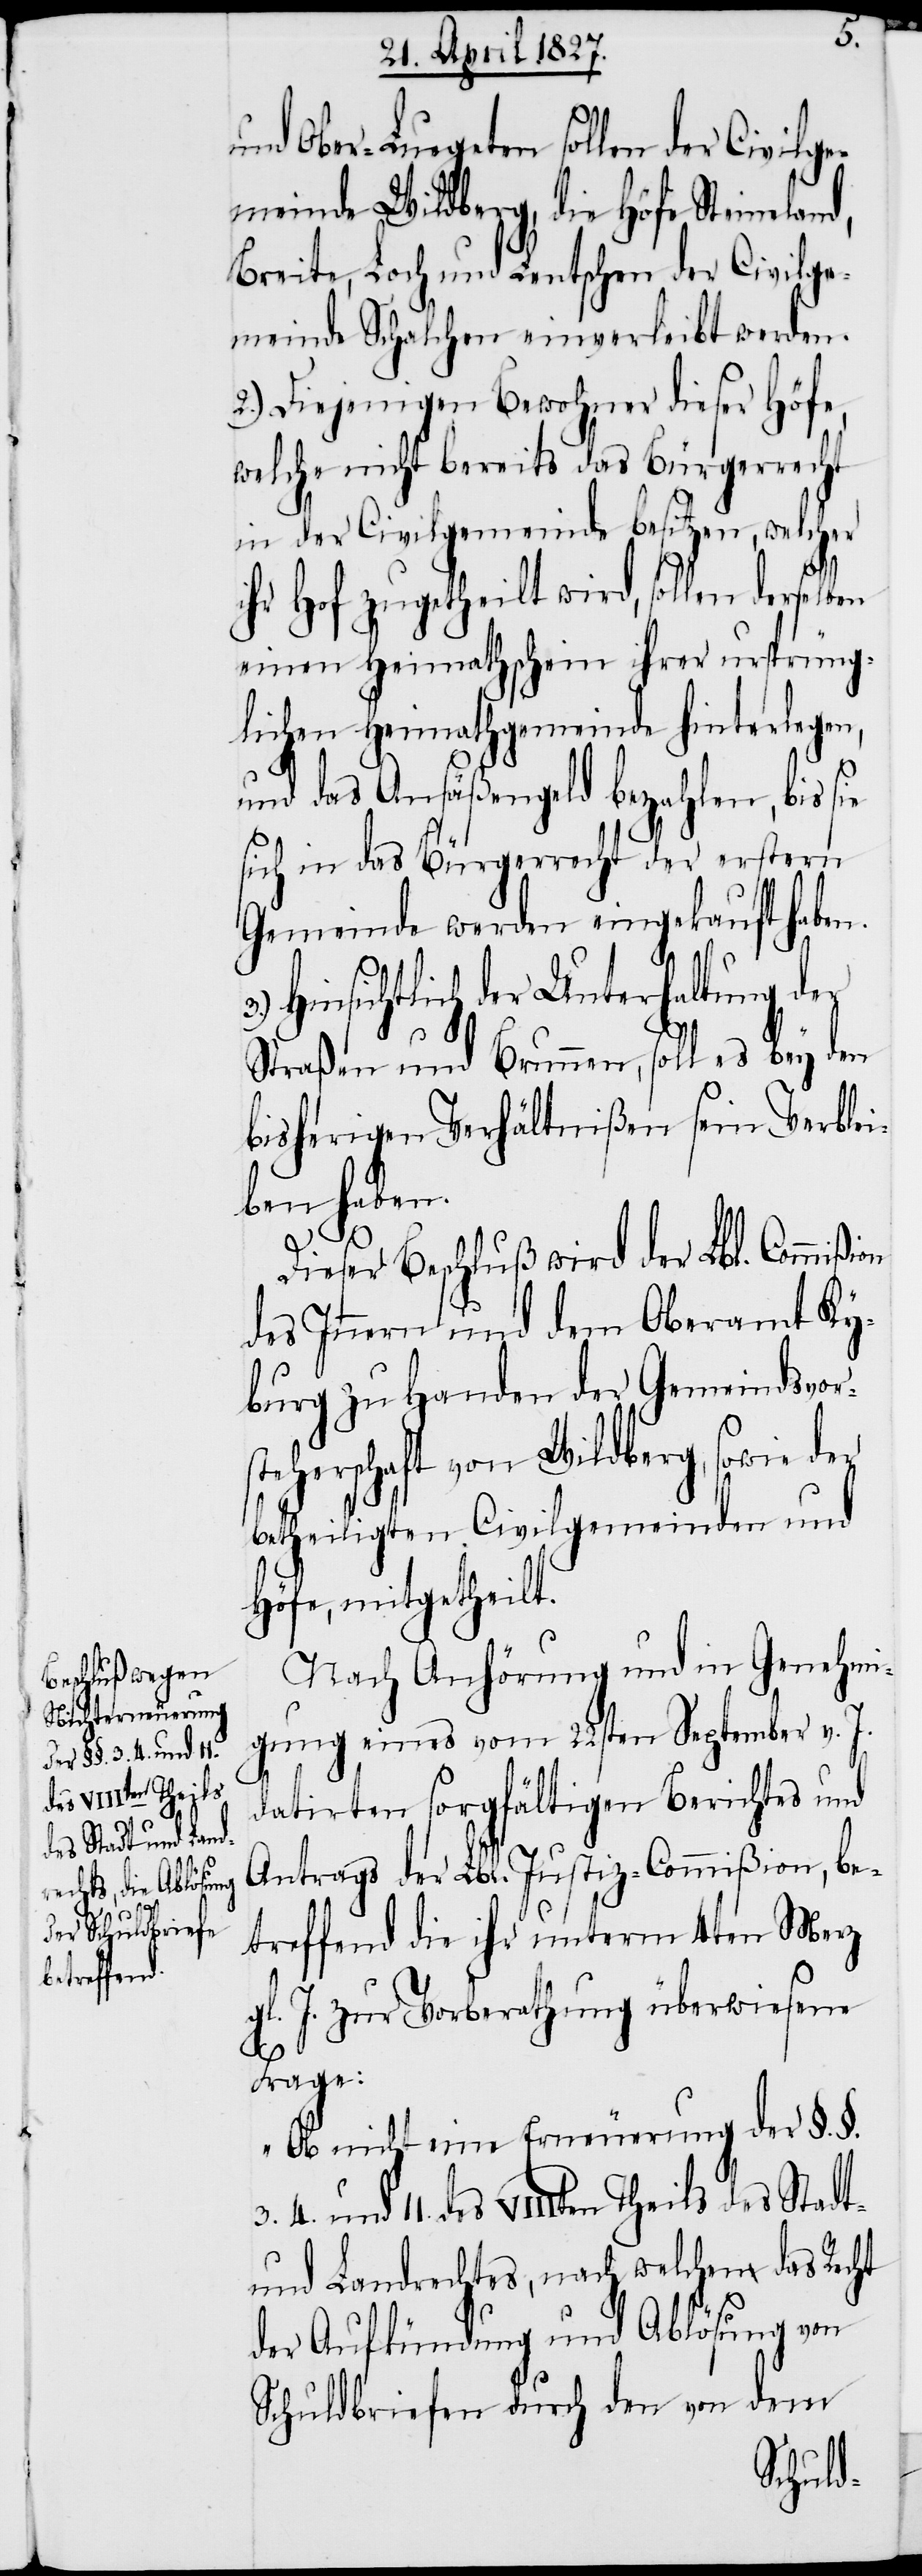
ßion
3. 4.

und Ober-Luegeten sollen der Civilge¬
meinde Wildberg, die Höfe Steinelan¬
Breite, Loch und Lentschen der Civilge¬
meinde Schalchen einverleibt werden.
2.) Diejenigen Bewohner dieser Höfe,
welche nicht bereits das Bürgerrecht
in der Civilgemeinde besitzen, welcher
ihr Hof zugetheilt wird, sollen
einen Heimathschein ihrer ursprüng¬
lichen Heimathgemeinde hinterlegen,
und das Ansäßengeld bezahlen, bis sie
sich in das Bürgerrecht der erstern
Gemeinde werden eingekauft haben.
Hinsichtlich der Unterhaltung der
Straßen und Brunnen, soll es bey den
bisherigen Verhältnißen sein Verblei¬
ben haben.
Dieser Beschluß wird der Lbl. Commi¬
des Innern und dem Oberamt Ky¬
burg zu Handen der Gemeindsvor¬
steherschaft von Wildberg, sowie der
betheiligten Civilgemeinden und
Höfe, mitgetheilt.
Nach Anhörung und in Genehmi¬
gung eines vom 22sten September v. J.
datirten, sorgfältigen Berichtes und
Antrags der Lbl. Justiz-Commißion, be¬
treffend die ihr unterm 4ten Merz
gl. J. zur Vorberathung überwiesene
Frage:
„Ob nicht eine Erneuerung der §.§.
11. des VIIIten Theils des Stadt-
und Landrechtes, nach welchem das Recht
der Aufkündung und Ablösung von
Schuldbriefen durch den von dem